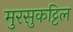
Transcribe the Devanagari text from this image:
मुरसुकट्टिल